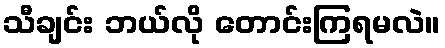
သီချင်း ဘယ်လို တောင်းကြရမလဲ။